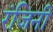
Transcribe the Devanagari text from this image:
रंजिनी